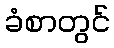
ခံစာတွင်